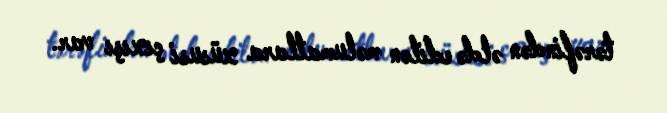
tərəfindən əldə edilən məlumatlara xüsusi çıxışı var.